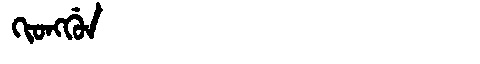
Manchu: ᡴᡳᠣᠩᡤᡠᠨ
Romanization: KIONGGUN